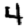
Digit: 4